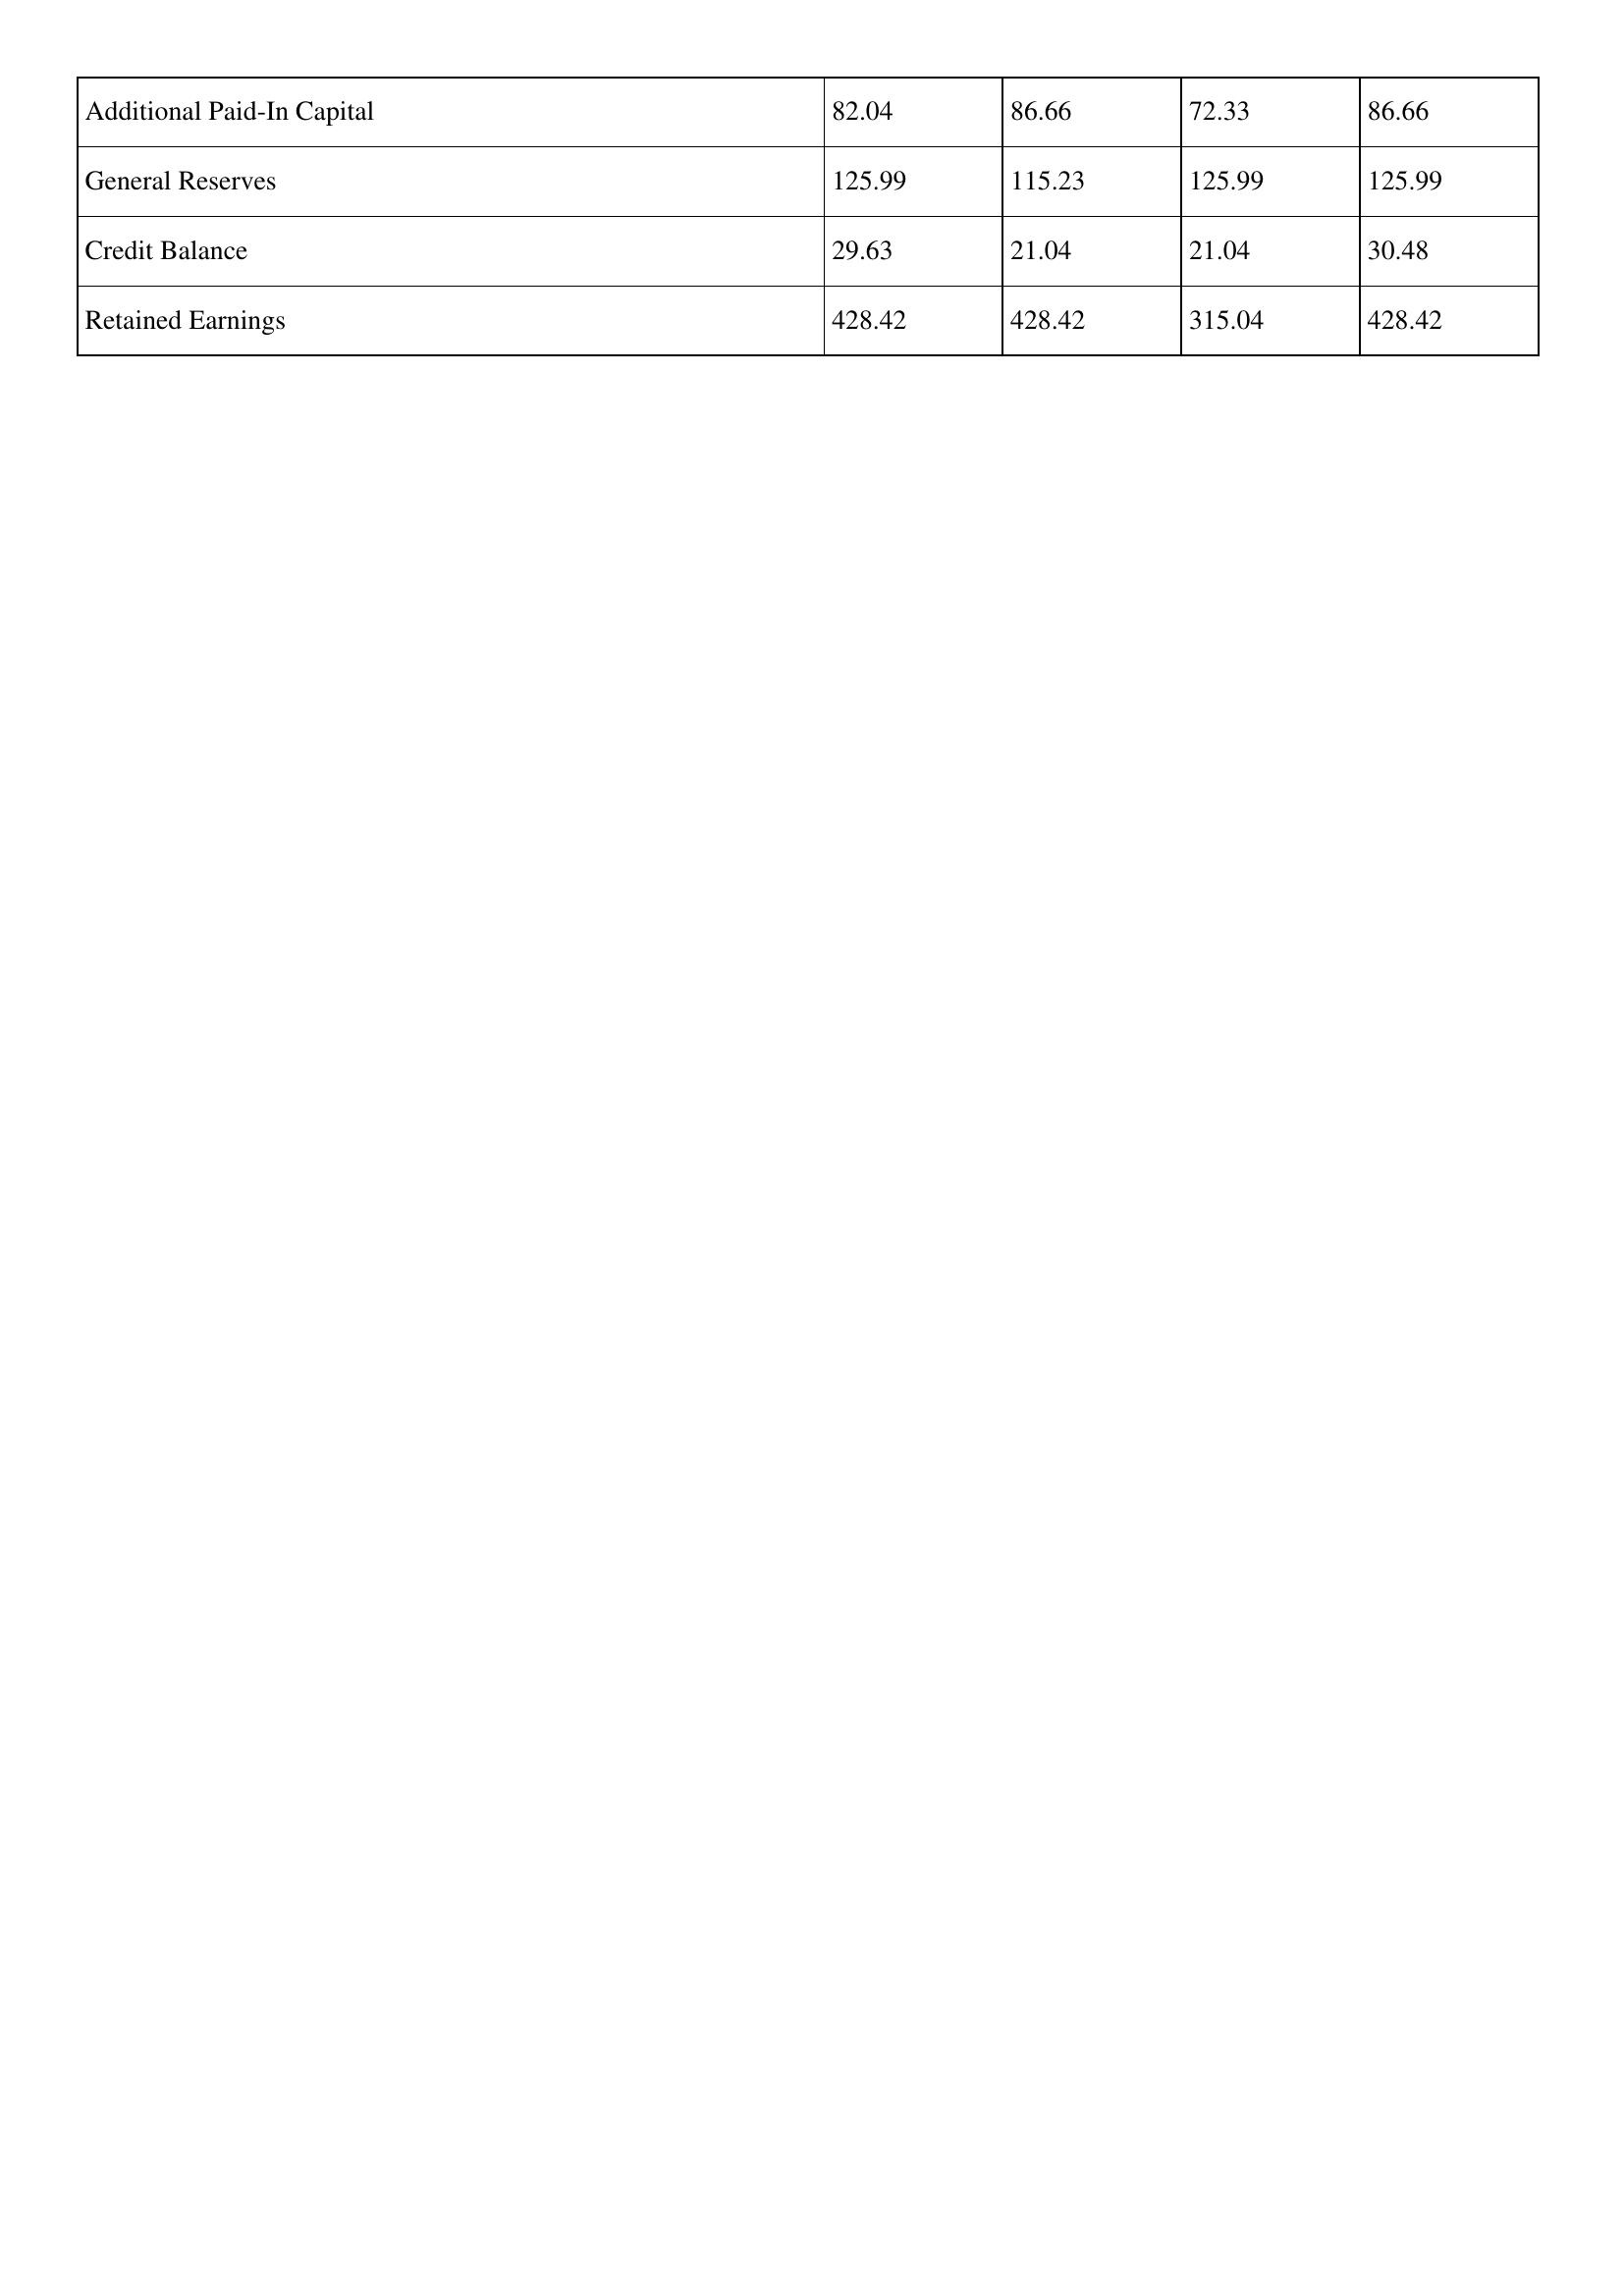
gt_parse: 2003: Additional Paid-In Capital: 82.04
General Reserves: 125.99
Credit Balance: 29.63
Retained Earnings: 428.42
2002: Additional Paid-In Capital: 86.66
General Reserves: 115.23
Credit Balance: 21.04
Retained Earnings: 428.42
2001: Additional Paid-In Capital: 72.33
General Reserves: 125.99
Credit Balance: 21.04
Retained Earnings: 315.04
2000: Additional Paid-In Capital: 86.66
General Reserves: 125.99
Credit Balance: 30.48
Retained Earnings: 428.42